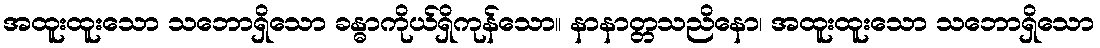
အထူးထူးသော သဘောရှိသော ခန္ဓာကိုယ်ရှိကုန်သော။ နာနာတ္တသညိနော၊ အထူးထူးသော သဘောရှိသော